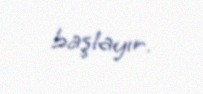
başlayır.